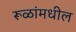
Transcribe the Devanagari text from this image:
रूळांमधील